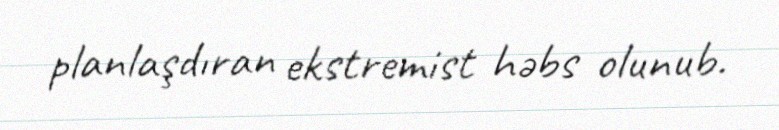
planlaşdıran ekstremist həbs olunub.